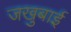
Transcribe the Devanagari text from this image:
जखुबाई